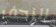
الزحف